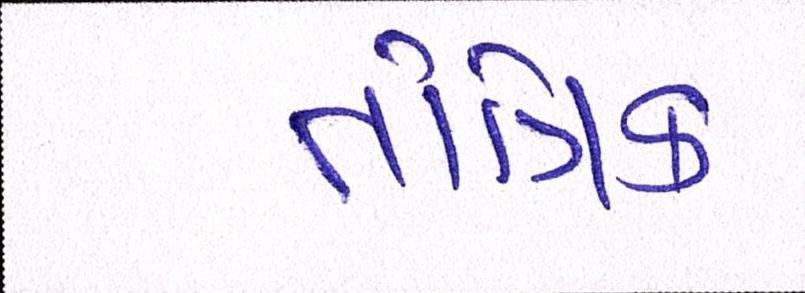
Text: તાંત્રિક